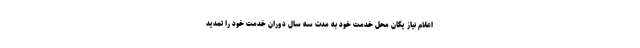
اعلام نیاز یگان محل خدمت خود به مدت سه سال دوران خدمت خود را تمدید